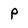
Character: p